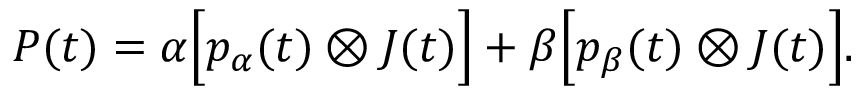
P ( t ) = \alpha \Big [ p _ { \alpha } ( t ) \otimes J ( t ) \Big ] + \beta \Big [ p _ { \beta } ( t ) \otimes J ( t ) \Big ] .